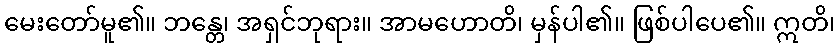
မေးတော်မူ၏။ ဘန္တေ၊ အရှင်ဘုရား။ အာမဟောတိ၊ မှန်ပါ၏။ ဖြစ်ပါပေ၏။ ဣတိ၊